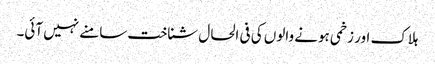
ہلاک اور زخمی ہونے والوں کی فی الحال شناخت سامنے نہیں آئی۔